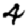
Digit: 4